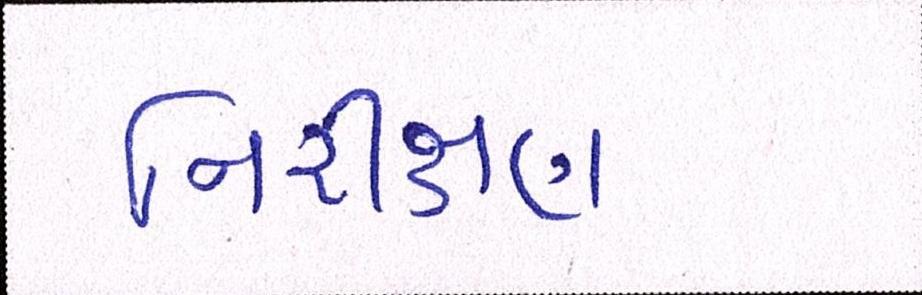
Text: નિરીક્ષણ